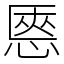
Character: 㥦